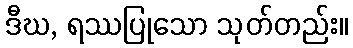
ဒီဃ, ရဿပြုသော သုတ်တည်း။